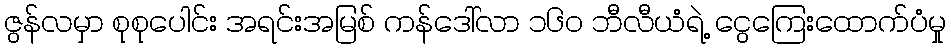
ဇွန်လမှာ စုစုပေါင်း အရင်းအမြစ် ကန်ဒေါ်လာ ၁၆၀ ဘီလီယံရဲ့ ငွေကြေးထောက်ပံမှု